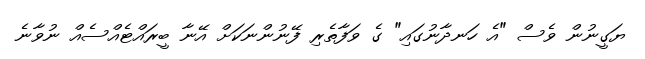
ޔަގީނުން ވެސް "އެ ހަނދާނުގައި" ގެ ވަފާތެރި ފޭނުންނަކަށް އޭނާ ބީރައްޓެއްސެއް ނުވާނެ